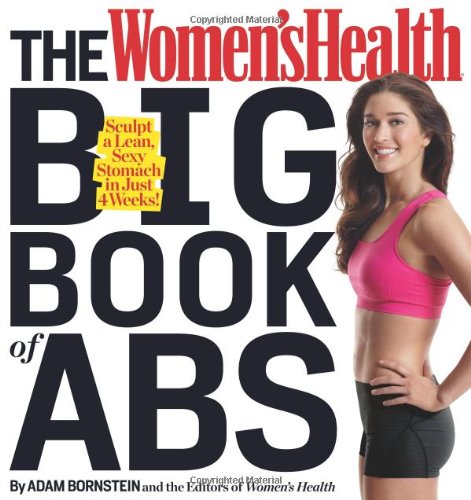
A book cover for The Women's Health Big Book of Abs: Sculpt a Lean, Sexy Stomach and Your Hottest Body Ever--in Four Weeks; Adam Bornstein; Health, Fitness & Dieting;